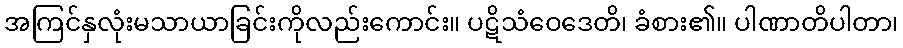
အကြင်နှလုံးမသာယာခြင်းကိုလည်းကောင်း။ ပဋိသံဝေဒေတိ၊ ခံစား၏။ ပါဏာတိပါတာ၊